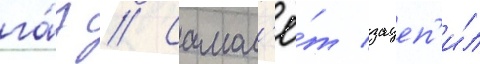
га́з // Самол'ё́т зацеп'и́л